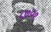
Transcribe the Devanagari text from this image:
८७०१